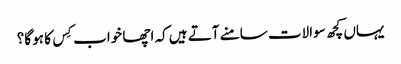
یہاں کچھ سوالات سامنے آتے ہیں کہ اچھا خواب کِس کا ہو گا؟